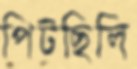
পিটছিলি